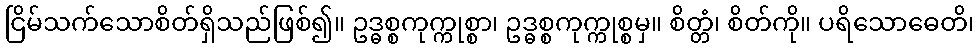
ငြိမ်သက်သောစိတ်ရှိသည်ဖြစ်၍။ ဥဒ္ဓစ္စကုက္ကုစ္စာ၊ ဥဒ္ဓစ္စကုက္ကုစ္စမှ။ စိတ္တံ၊ စိတ်ကို။ ပရိသောဓေတိ၊